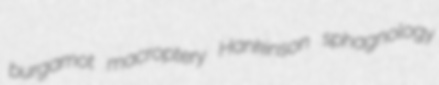
burgamot macroptery Hankinson sphagnology